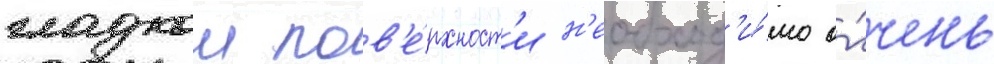
гладкои пов'е́рхност'и н'еобход'и́мо о́чень